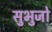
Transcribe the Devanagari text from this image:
सुभुजो